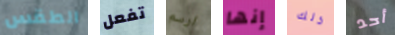
الطقس تفعل ارسم إنها ذلك أحد